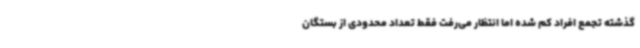
گذشته تجمع افراد کم شده اما انتظار می‌رفت فقط تعداد محدودی از بستگان